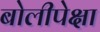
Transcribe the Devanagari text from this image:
बोलीपेक्षा